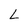
Character: L